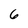
Character: 6